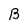
Character: B